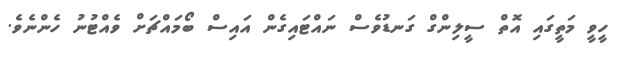
ހީވީ މަތީގައި އޮތް ސީލިންގް ގަނޑުވެސް ނައްޓައިގެން އައިސް ބޯމައްޗަށް ވެއްޓުނު ހެންނެވެ.